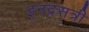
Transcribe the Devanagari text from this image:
इनद्रसत्री